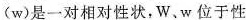
(w)是一对相对性状，W、w位于性